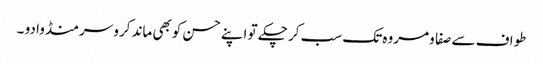
طواف سے صفا و مروہ تک سب کر چکے تو اپنے حسن کوبھی ماند کرو سر منڈوا دو ۔